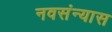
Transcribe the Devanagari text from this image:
नवसंन्यास